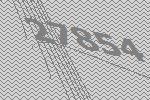
27854